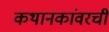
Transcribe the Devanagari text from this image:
कथानकांवरची